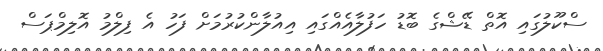
ސްކޫލުގައި އޮތް ޑޭޝްގެ ބޮޑު ހަފުލާއެއްގައި އިއުލާންކުރުމަށް ފަހު އެ ފިލްމު އޮލިމްޕަސް